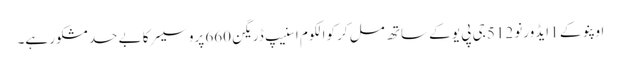
اوپنو کے 1 ایڈورنو 512 جی پی یو کے ساتھ مل کر کوالکوم اسنیپ ڈریگن 660 پروسیسر کا بے حد مشکور ہے۔